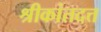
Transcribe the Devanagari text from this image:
श्रीकांतदत्त